Civil Veterinary Department Bihar & Orissa reports 1929-36 - 1929-1936
Year: 1929
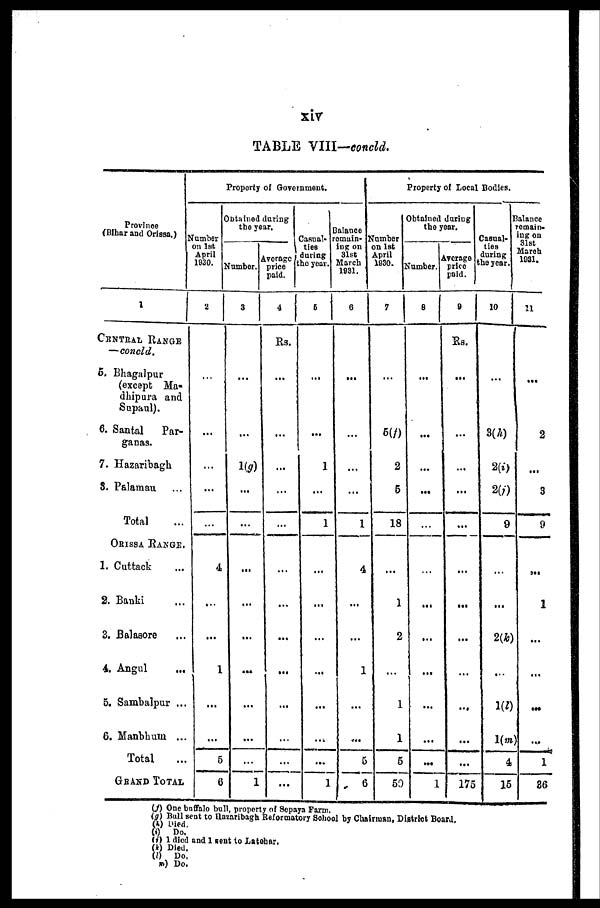
xiv
TABLE VIII—concld.
Province
(Bihar and Orissa.)
1
CENTRAL RANGE
—concld.
5. Bhagalpur
(except Ma-
dhipura and
Supaul).
6. Santal
Par-
ganas.
7. Hazaribagh
3. Palaman ...
Total ...
ORISSA RANGE.
1. Cuttack ...
2. Banki ...
3. Balasore ...
4. Angul ...
5. Sambalpur ...
6. Manbhum ...
Total ...
GRAND TOTAL
Property of Government.
Number
on 1st
April
1930.
2
...
...
...
...
...
4
...
...
1
...
...
5
6
Obtained during
the year.
Number.
3
...
...
1(g)
...
...
...
...
...
...
...
...
...
1
Average
price
paid.
4
Rs.
...
...
...
...
...
...
...
...
...
...
...
...
...
Casual-
ties
during
the year.
5
...
...
1
...
1
...
...
...
...
...
...
...
1
Balance
remain-
ing on
31st
March
1931.
6
...
...
...
...
1
4
...
...
1
...
...
5
6
Property of Local Bodies.
Number
on 1st
April
1930.
7
...
5(f)
2
5
18
...
1
2
...
1
1
5
50
Obtained during
the year.
Number.
8
...
...
...
...
...
...
...
...
...
...
...
...
1
Average
price
paid.
9
Rs.
...
...
...
...
...
...
...
...
...
...
...
...
175
Casual-
ties
during
the year.
10
...
3(A)
2(i)
2(j)
9
...
...
2(k)
...
1(l)
1(m)
4
15
Balance
remain-
ing on
31st
March
1931.
11
...
2
...
3
9
...
1
...
...
...
...
1
86
(f) One buffalo bull, property of Sepaya Farm.
(g) Bull sent to Hazaribagh Reformatory School by Chairman, District Board.
(h) Died.
(i) Do.
(j) 1 died and 1 sent to Latehar.
(k) Died.
(l) Do.
(m) Do.